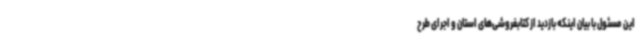
این مسئول با بیان اینکه بازدید از کتابفروشی‌های استان و اجرای طرح